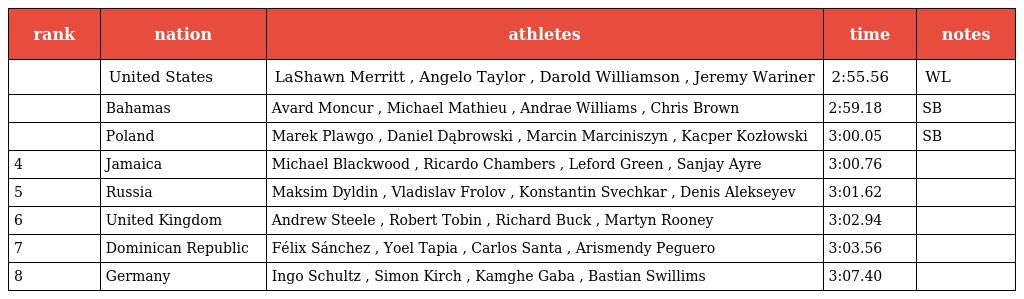
| rank | nation | athletes | time | notes |
 | --- | --- | --- | --- | --- |
 |  | United States | LaShawn Merritt , Angelo Taylor , Darold Williamson , Jeremy Wariner | 2:55.56 | WL |
 |  | Bahamas | Avard Moncur , Michael Mathieu , Andrae Williams , Chris Brown | 2:59.18 | SB |
 |  | Poland | Marek Plawgo , Daniel Dąbrowski , Marcin Marciniszyn , Kacper Kozłowski | 3:00.05 | SB |
 | 4 | Jamaica | Michael Blackwood , Ricardo Chambers , Leford Green , Sanjay Ayre | 3:00.76 |  |
 | 5 | Russia | Maksim Dyldin , Vladislav Frolov , Konstantin Svechkar , Denis Alekseyev | 3:01.62 |  |
 | 6 | United Kingdom | Andrew Steele , Robert Tobin , Richard Buck , Martyn Rooney | 3:02.94 |  |
 | 7 | Dominican Republic | Félix Sánchez , Yoel Tapia , Carlos Santa , Arismendy Peguero | 3:03.56 |  |
 | 8 | Germany | Ingo Schultz , Simon Kirch , Kamghe Gaba , Bastian Swillims | 3:07.40 |  |